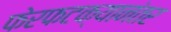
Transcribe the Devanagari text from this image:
फेरफटक्यानंतर